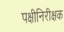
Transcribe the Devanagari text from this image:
पक्षीनिरीक्षक